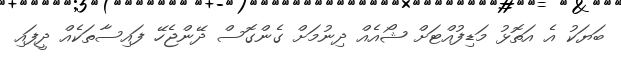
ބަޔަކު އެ އަތޮޅު މަޑިފުއްޓަށް ޝޯއެއް ދިނުމަށް ގެންގޮސް ދޭންޖެހޭ ފައިސާތަކެއް ދީފައި